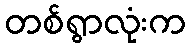
တစ်ရွာလုံးက